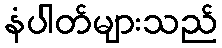
နံပါတ်များသည်